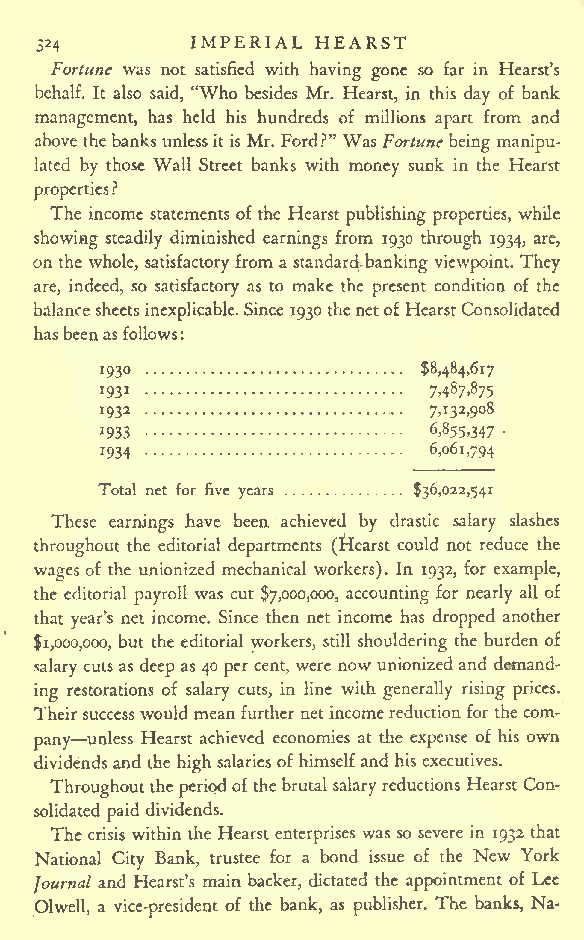
IMPERIAL HEARST
 324
 Fortune was not satisfied with having gone so far in Hearst's
 behalf. It also said, "Who besides Mr. Hearst, in this day of bank
 management, has held his hundreds of millions apart from and
 above thebanks unlessit is Mr. Ford?" Was Fortunebeing manipu-
 lated by those Wall Street banks with money sunk in the Hearst
 properties?
 The income statements of the Hearst publishing properties, while
 showing steadily diminished earnings from 1930 through 1934, are,
 on the whole, satisfactory from a standardbanking viewpoint. They
 are, indeed, so satisfactory as to make the present condition of the
 balancesheetsinexplicable.Since 1930 thenetofHearstConsolidated
 hasbeenasfollows
 :
 1930                 $8,484,617
 1931                 7487875
 1932                 7>T32>9 8
 1933                 6,855,347
 1934                 6,061,794
 Total net for five years $36,022,541
 These earnings have been achieved by drastic salary slashes
 throughout the editorial departments (Irlearst could not reduce the
 wages of the unionized mechanical workers). In 1932, for example,
 the editorial payroll was cut $7,000,000, accounting for nearly all of
 that year's net income. Since then net income has dropped another
 $1,000,000, but the editorial workers, still shouldering the burden of
 .salary cuts as deep as 40 per cent, were now unionized and demand-
 ing restorations of salary cuts, in line with generally rising prices.
 Theirsuccesswouldmeanfurther netincomereductionfor thecom-
 pany unless Hearst achieved economies at the expense of his own
 dividends and the highsalariesof himselfand his executives.
 Throughouttheperiodofthebrutal salary reductions Hearst Con-
 solidated paid dividends.
 The crisis within the Hearst enterprises was so severe in 1932 that
 National City Bank, trustee for a bond issue of the New York
 Journal and Hearst's main backer, dictated the appointment of Lee
 Olwell, a vice-president of the bank, as publisher. The banks, Na-